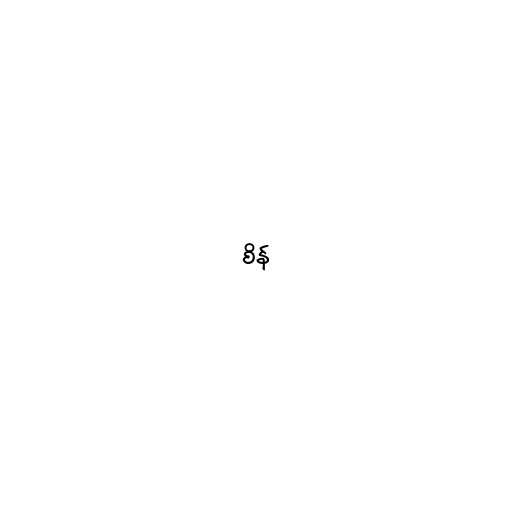
စိန်